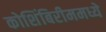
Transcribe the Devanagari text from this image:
कोशिंबिरीममध्ये